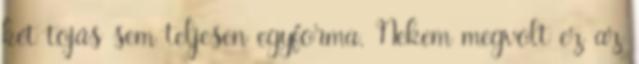
két tojás sem teljesen egyforma. Nekem megvolt ez az